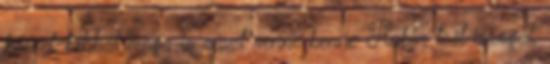
kézzel-lábbal maga is részt venne benne Rubin teát iszogat,